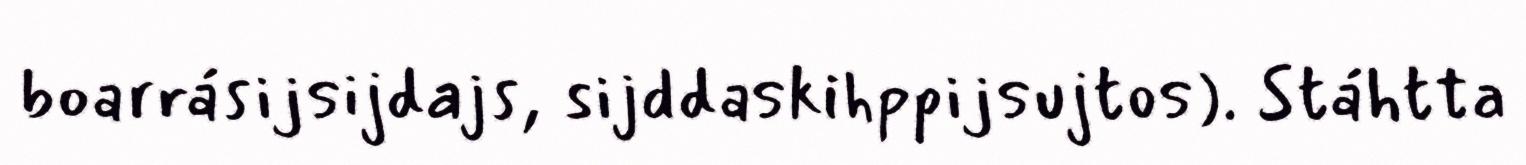
boarrásijsijdajs, sijddaskihppijsujtos). Stáhtta